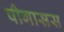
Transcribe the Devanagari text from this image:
पीगासस